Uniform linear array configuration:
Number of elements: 64
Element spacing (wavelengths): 0.5
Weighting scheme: kaiser
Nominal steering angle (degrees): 0
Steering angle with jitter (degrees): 1.391
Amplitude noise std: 0.05
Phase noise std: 0.05

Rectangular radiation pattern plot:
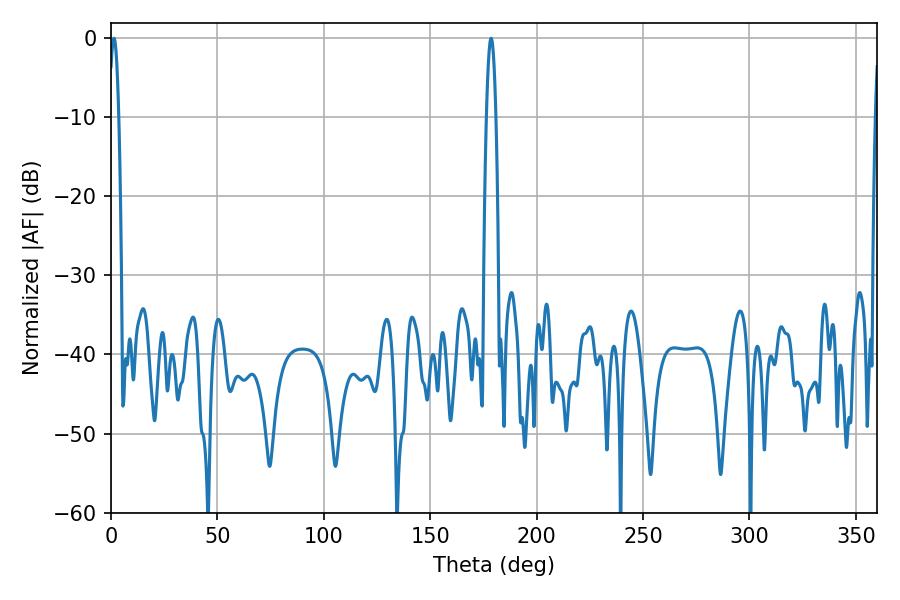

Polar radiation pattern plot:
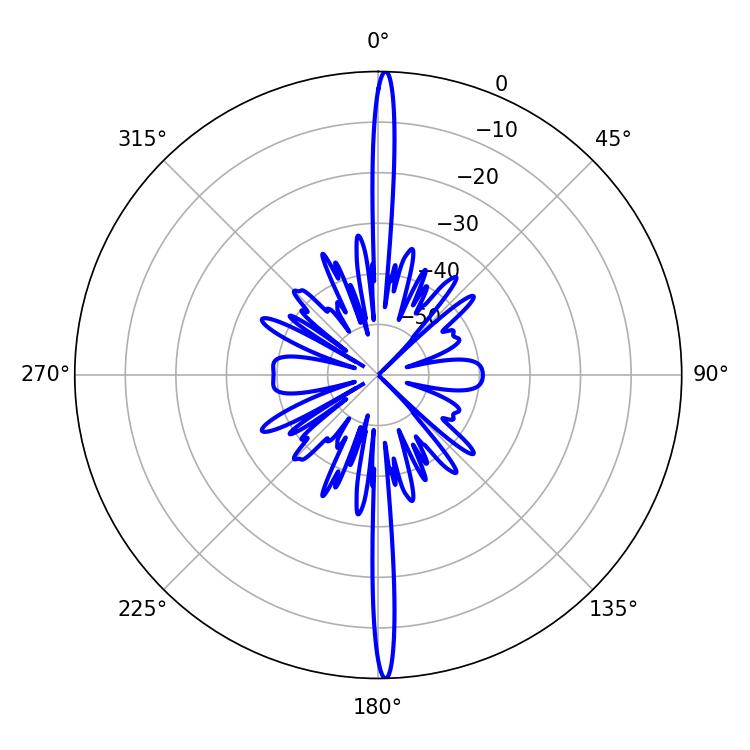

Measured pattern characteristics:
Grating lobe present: FALSE
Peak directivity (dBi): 29.545
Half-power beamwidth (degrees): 2.34
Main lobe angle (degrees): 178.56